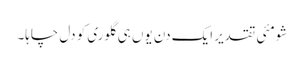
شومئی تقدیر ایک دن یوں ہی گلوری کو دل چاہا۔